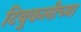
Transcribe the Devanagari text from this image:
टिबुकलीच्‍या